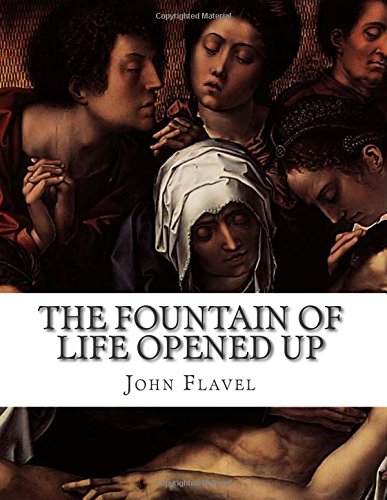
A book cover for The Fountain of Life Opened Up: A Display of Christ in His Essential and Mediatorial Glory. Containing Forty-Two Sermons on Various Texts; John Flavel; Christian Books & Bibles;